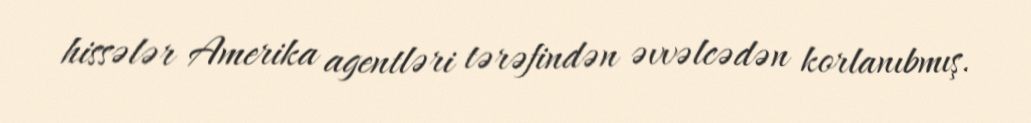
hissələr Amerika agentləri tərəfindən əvvəlcədən korlanıbmış.